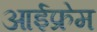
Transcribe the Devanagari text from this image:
आईफ्रेम